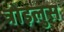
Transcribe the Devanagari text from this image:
त्रोइलुस